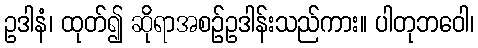
ဥဒါနံ၊ ထုတ်၍ ဆိုရာအစဉ်ဥဒါန်းသည်ကား။ ပါတုဘဝေါ၊